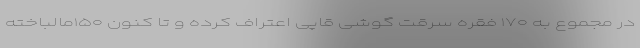
در مجموع به ۱۷۰ فقره سرقت گوشی قاپی اعتراف کرده و تا کنون ۱۵۰مالباخته